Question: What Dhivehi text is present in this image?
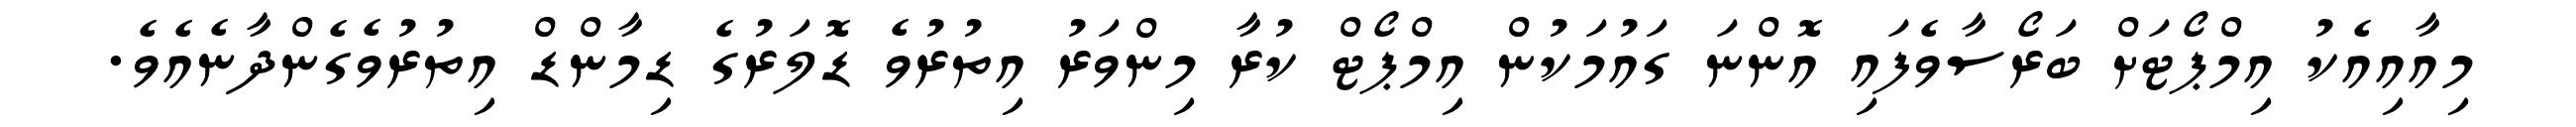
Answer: މިއާއިއެކު އިމްޕޯޓަށް ބަރޯސާވެފައި އޮންނަ ގައުމަކުން އިމްޕޯޓް ކުރާ މިންވަރު އިތުރުވެ ޑޮލަރުގެ ޑިމާންޑް އިތުރުވެގެންދާނެއެވެ.